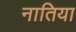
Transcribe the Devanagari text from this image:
नातिया